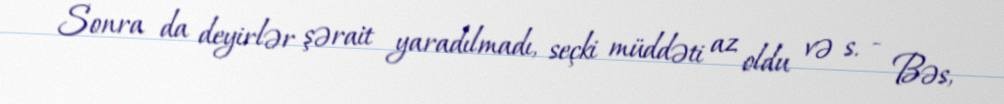
Sonra da deyirlər şərait yaradılmadı, seçki müddəti az oldu və s. - Bəs,